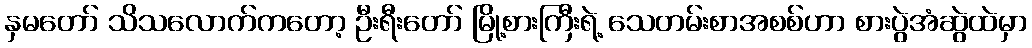
နှမတော် သိသလောက်ကတော့ ဦးရီးတော် မြို့စားကြီးရဲ့ သေတမ်းစာအစစ်ဟာ စားပွဲအံဆွဲထဲမှာ